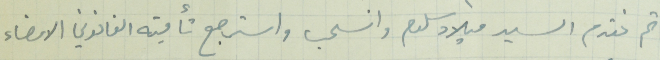
ثم تقدم السيد ميلاد سلوم وانسحب واسترجع تأمينه القانوني الامضاء